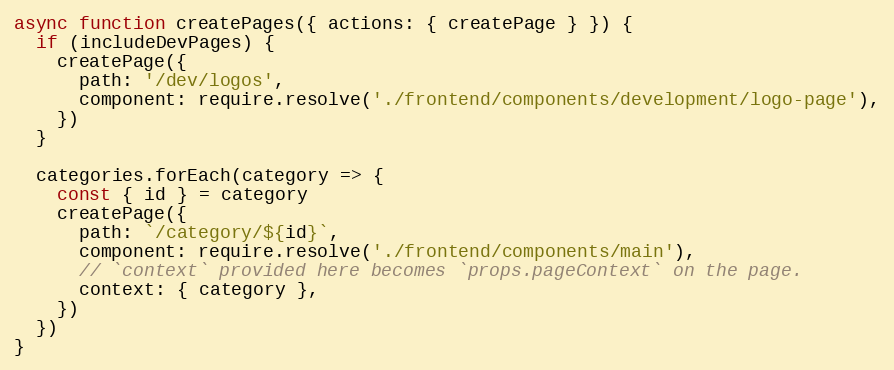
Language: JavaScript
async function createPages({ actions: { createPage } }) {
  if (includeDevPages) {
    createPage({
      path: '/dev/logos',
      component: require.resolve('./frontend/components/development/logo-page'),
    })
  }

  categories.forEach(category => {
    const { id } = category
    createPage({
      path: `/category/${id}`,
      component: require.resolve('./frontend/components/main'),
      // `context` provided here becomes `props.pageContext` on the page.
      context: { category },
    })
  })
}